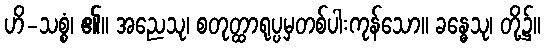
ဟိ-သစ္စံ၊ ၏။ အညေသု၊ စတုတ္ထာရုပ္ပမှတစ်ပါးကုန်သော။ ခန္ဓေသု၊ တို့၌။